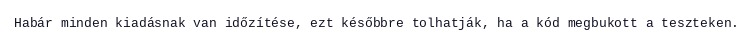
Habár minden kiadásnak van időzítése, ezt későbbre tolhatják, ha a kód megbukott a teszteken.